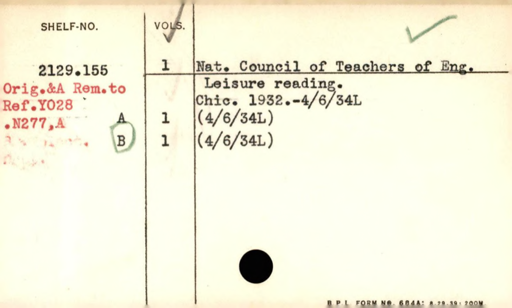
Label: content